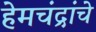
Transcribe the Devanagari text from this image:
हेमचंद्रांचे